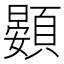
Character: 𲊵